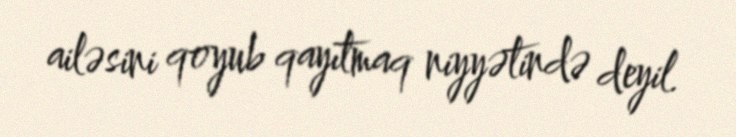
ailəsini qoyub qayıtmaq niyyətində deyil.